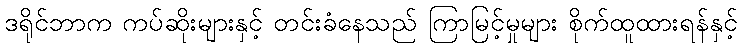
ဒရိုင်ဘာက ကပ်ဆိုးများနှင့် တင်းခံနေသည် ကြာမြင့်မှုများ စိုက်ထူထားရန်နှင့်